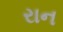
રાન